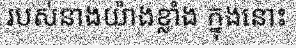
របស់នាងយ៉ាងខ្លាំង ក្នុងនោះ